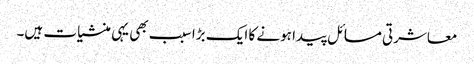
معاشرتی مسائل پیدا ہونے کا ایک بڑا سبب بھی یہی منشیات ہیں۔